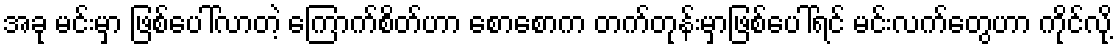
အခု မင်းမှာ ဖြစ်ပေါ်လာတဲ့ ကြောက်စိတ်ဟာ စောစောက တက်တုန်းမှာဖြစ်ပေါ်ရင် မင်းလက်တွေဟာ ကိုင်လို့